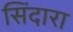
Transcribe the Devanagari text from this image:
सिंदारा